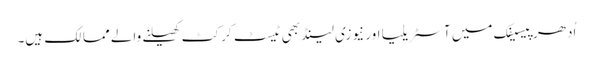
اُدھر پیسیفک میں آسٹریلیا اور نیوزی لینڈ بھی ٹیسٹ کرکٹ کھیلنے والے ممالک ہیں۔